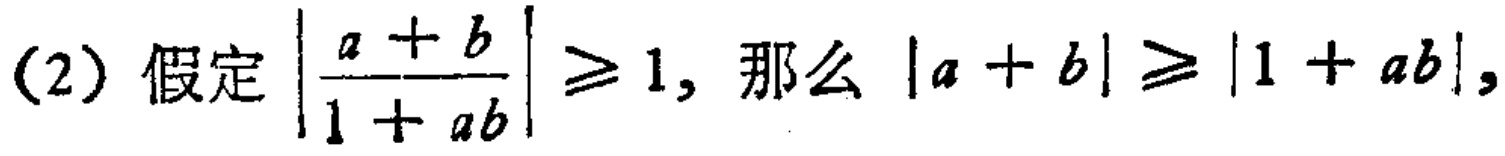
(2) 假定$\left|\frac{a + b}{1 + ab}\right|\geqslant 1$, 那么 $|a + b|\geqslant |1 + ab|$,